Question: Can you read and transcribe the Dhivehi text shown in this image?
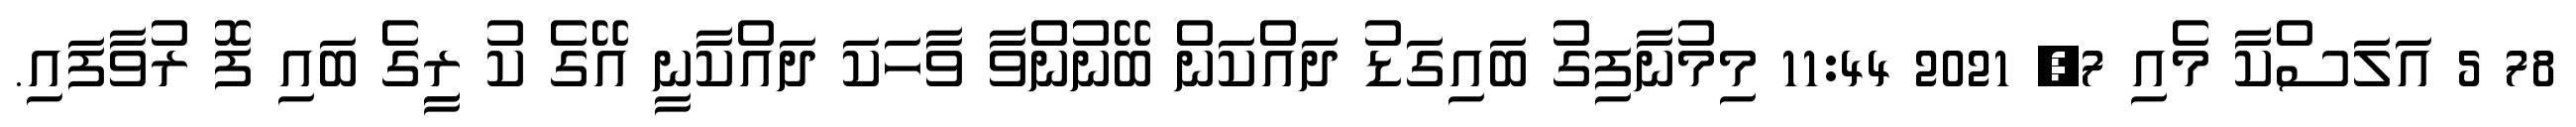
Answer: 78 5 އަލަސްކާ މެއި 7, 2021 11:44 މިމުނާފިގު ބައިގަޑު ދައްކަން ބޭނުންވާ ވާހަކަ ދައްކާނީ އޭގެ ކު ރީިގެ ބައި ފޮ ރުވާފައި.